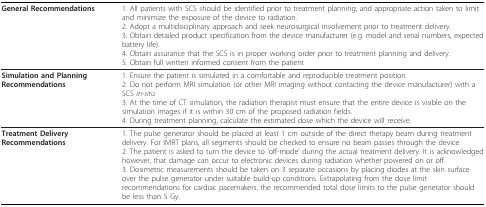
<table><thead><tr><td><b>General Recommendations</b></td><td><b>1. All patients with SCS should be identified prior to treatment planning, and appropriate action taken to limit and minimize the exposure of the device to radiation.2. Adopt a multidisciplinary approach and seek neurosurgical involvement prior to treatment delivery.3. Obtain detailed product specification from the device manufacturer (e.g. model and serial numbers, expected battery life).4. Obtain assurance that the SCS is in proper working order prior to treatment planning and delivery.5. Obtain full written informed consent from the patient</b></td></tr></thead><tbody><tr><td><b>Simulation and Planning Recommendations</b></td><td>1. Ensure the patient is simulated in a comfortable and reproducible treatment position.2. Do not perform MRI simulation (or other MRI imaging without contacting the device manufacturer) with a SCS <i>in-situ</i>3. At the time of CT simulation, the radiation therapist must ensure that the entire device is visible on the simulation images if it is within 30 cm of the proposed radiation fields.4. During treatment planning, calculate the estimated dose which the device will receive.</td></tr><tr><td><b>Treatment Delivery Recommendations</b></td><td>1. The pulse generator should be placed at least 1 cm outside of the direct therapy beam during treatment delivery. For IMRT plans, all segments should be checked to ensure no beam passes through the device.2. The patient is asked to turn the device to &#x27;off-mode&#x27; during the actual treatment delivery. It is acknowledged however, that damage can occur to electronic devices during radiation whether powered on or off.3. Dosimetric measurements should be taken on 3 separate occasions by placing diodes at the skin surface over the pulse generator under suitable build-up conditions. Extrapolating from the dose limit recommendations for cardiac pacemakers, the recommended total dose limits to the pulse generator should be less than 5 Gy.</td></tr></tbody></table>